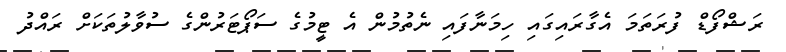
ރަޝްފޯޑް ފުރަތަމަ އެގާރައިގައި ހިމަނާފައި ނެތުމުން އެ ޓީމުގެ ސަޕޯޓަރުންގެ ސުވާލުތަކަށް ރައްދު